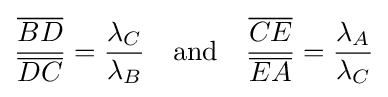
{\frac {\overline {BD}}{\overline {DC}}}={\frac {\lambda _{C}}{\lambda _{B}}}\quad {\text{and}}\quad {\frac {\overline {CE}}{\overline {EA}}}={\frac {\lambda _{A}}{\lambda _{C}}}